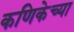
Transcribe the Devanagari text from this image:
कणिकेच्या